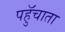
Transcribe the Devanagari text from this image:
पहुॅचाता